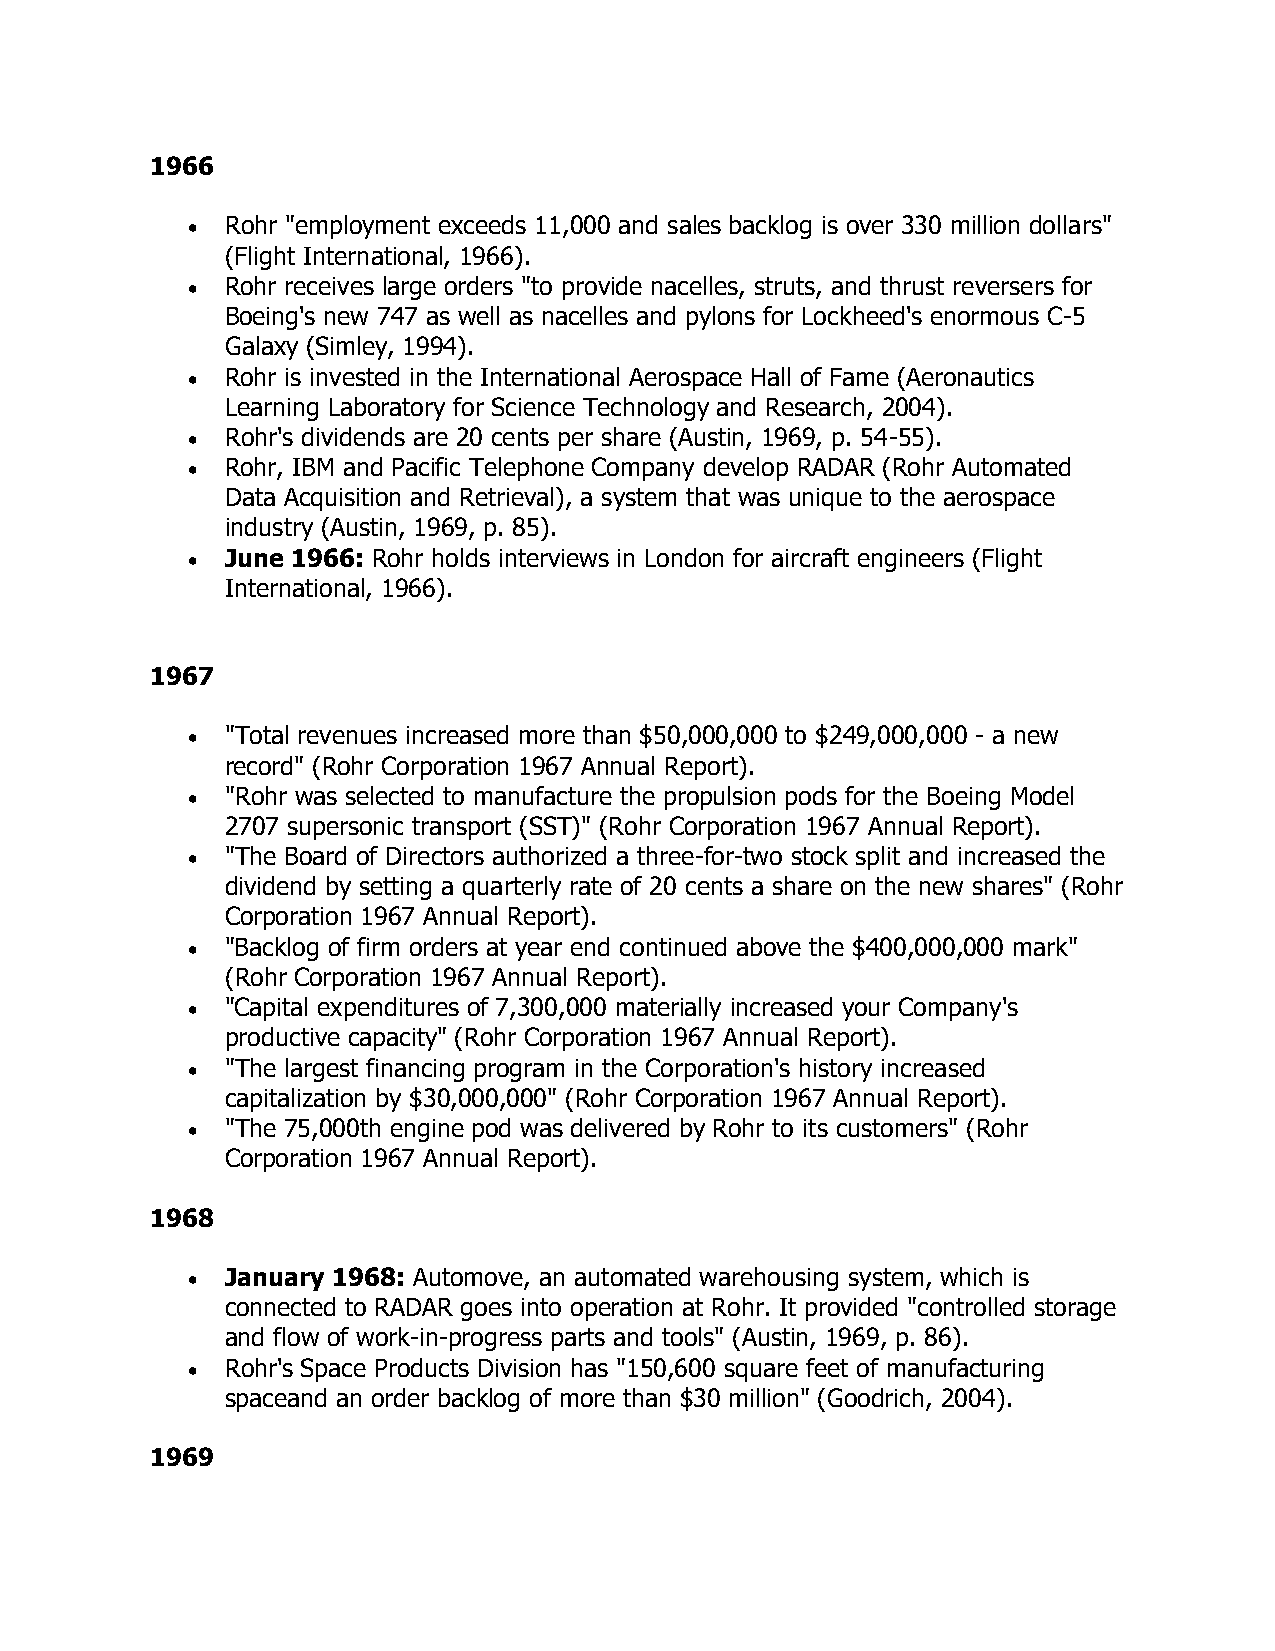
1966
 •  Rohr "employment exceeds 11,000 and sales backlog is over 330 million dollars"
 (Flight International, 1966).
 •  Rohr receives large orders "to provide nacelles, struts, and thrust reversers for
 Boeing's new 747 as well as nacelles and pylons for Lockheed's enormous C-5
 Galaxy (Simley, 1994).
 •  Rohr is invested in the International Aerospace Hall of Fame (Aeronautics
 Learning Laboratory for Science Technology and Research, 2004).
 •  Rohr's dividends are 20 cents per share (Austin, 1969, p. 54-55).
 •  Rohr, IBM and Pacific Telephone Company develop RADAR (Rohr Automated
 Data Acquisition and Retrieval), a system that was unique to the aerospace
 industry (Austin, 1969, p. 85).
 •  June 1966: Rohr holds interviews in London for aircraft engineers (Flight
 International, 1966).
 1967
 •  "Total revenues increased more than $50,000,000 to $249,000,000 - a new
 record" (Rohr Corporation 1967 Annual Report).
 •  "Rohr was selected to manufacture the propulsion pods for the Boeing Model
 2707 supersonic transport (SST)" (Rohr Corporation 1967 Annual Report).
 •  "The Board of Directors authorized a three-for-two stock split and increased the
 dividend by setting a quarterly rate of 20 cents a share on the new shares" (Rohr
 Corporation 1967 Annual Report).
 •  "Backlog of firm orders at year end continued above the $400,000,000 mark"
 (Rohr Corporation 1967 Annual Report).
 •  "Capital expenditures of 7,300,000 materially increased your Company's
 productive capacity" (Rohr Corporation 1967 Annual Report).
 •  "The largest financing program in the Corporation's history increased
 capitalization by $30,000,000" (Rohr Corporation 1967 Annual Report).
 •  "The 75,000th engine pod was delivered by Rohr to its customers" (Rohr
 Corporation 1967 Annual Report).
 1968
 •  January 1968: Automove, an automated warehousing system, which is
 connected to RADAR goes into operation at Rohr. It provided "controlled storage
 and flow of work-in-progress parts and tools" (Austin, 1969, p. 86).
 •  Rohr's Space Products Division has "150,600 square feet of manufacturing
 spaceand an order backlog of more than $30 million" (Goodrich, 2004).
 1969